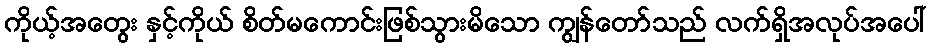
ကိုယ့်အတွေး နှင့်ကိုယ် စိတ်မကောင်းဖြစ်သွားမိသော ကျွန်တော်သည် လက်ရှိအလုပ်အပေါ်